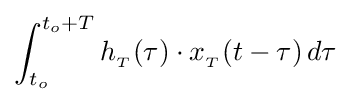
\int _{t_{o}}^{t_{o}+T}h_{_{T}}(\tau )\cdot x_{_{T}}(t-\tau )\,d\tau